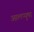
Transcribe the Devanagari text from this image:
आलप्पुषा़